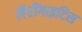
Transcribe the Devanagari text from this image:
लैरींगाइटिस